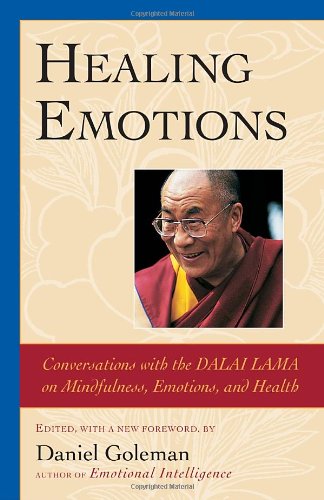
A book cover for Healing Emotions: Conversations with the Dalai Lama on Mindfulness, Emotions, and Health; Daniel Goleman; Religion & Spirituality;